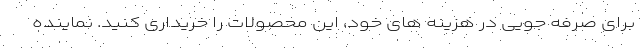
برای صرفه جویی در هزینه های خود، این محصولات را خریداری کنید. نماینده